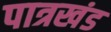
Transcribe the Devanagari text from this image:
पात्रखंड